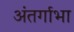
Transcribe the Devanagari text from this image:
अंतर्गाभा